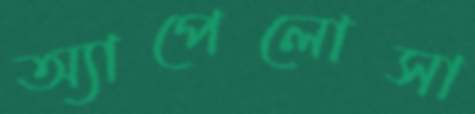
অ্যাপেলোসা